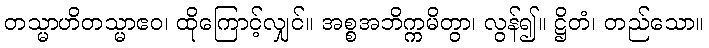
တသ္မာဟိတသ္မာဧဝ၊ ထိုကြောင့်လျှင်။ အစ္စအဘိက္ကမိတွာ၊ လွန်၍။ ဋ္ဌိတံ၊ တည်သော။